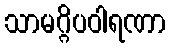
သာမဂ္ဂိပဝါရဏာ